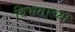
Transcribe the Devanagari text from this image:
विभगाच्या